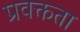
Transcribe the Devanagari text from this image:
प्रवक्तता